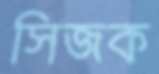
সিজক